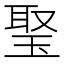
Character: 𤦟